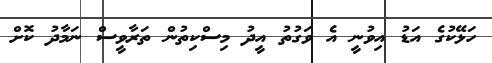
ހަޅޭކުގެ އަޑު އިވުނީ އެ ވަގުތު އީދު މިސްކިތުން ތަރާވީސް ނަމާދު ކޮށް